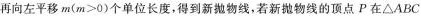
再向左平移m($$m>0$$)个单位长度，得到新抛物线，若新抛物线的顶点P在\triangle ABC